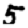
Digit: 5